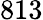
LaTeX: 813